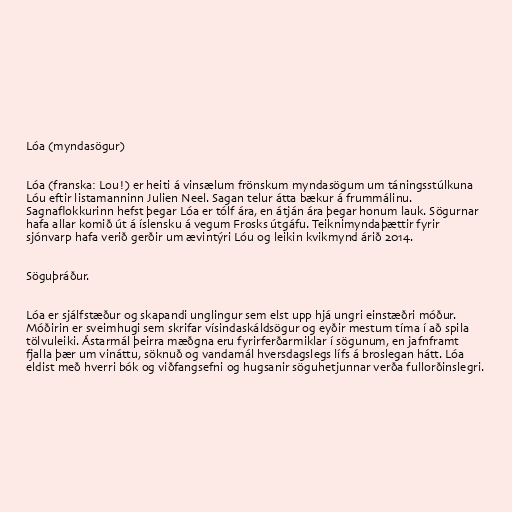
Lóa (myndasögur)

Lóa (franska: Lou!) er heiti á vinsælum frönskum myndasögum um táningsstúlkuna
Lóu eftir listamanninn Julien Neel. Sagan telur átta bækur á frummálinu.
Sagnaflokkurinn hefst þegar Lóa er tólf ára, en átján ára þegar honum lauk. Sögurnar
hafa allar komið út á íslensku á vegum Frosks útgáfu. Teiknimyndaþættir fyrir
sjónvarp hafa verið gerðir um ævintýri Lóu og leikin kvikmynd árið 2014.

Söguþráður.

Lóa er sjálfstæður og skapandi unglingur sem elst upp hjá ungri einstæðri móður.
Móðirin er sveimhugi sem skrifar vísindaskáldsögur og eyðir mestum tíma í að spila
tölvuleiki. Ástarmál þeirra mæðgna eru fyrirferðarmiklar í sögunum, en jafnframt
fjalla þær um vináttu, söknuð og vandamál hversdagslegs lífs á broslegan hátt. Lóa
eldist með hverri bók og viðfangsefni og hugsanir söguhetjunnar verða fullorðinslegri.